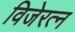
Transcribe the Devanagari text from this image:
विजेरत्न